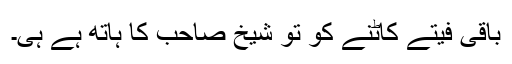
باقی فیتے کاٹنے کو تو شیخ صاحب کا ہاتھ ہے ہی۔